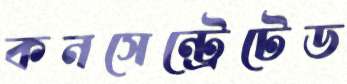
কনসেন্ট্রেটেড